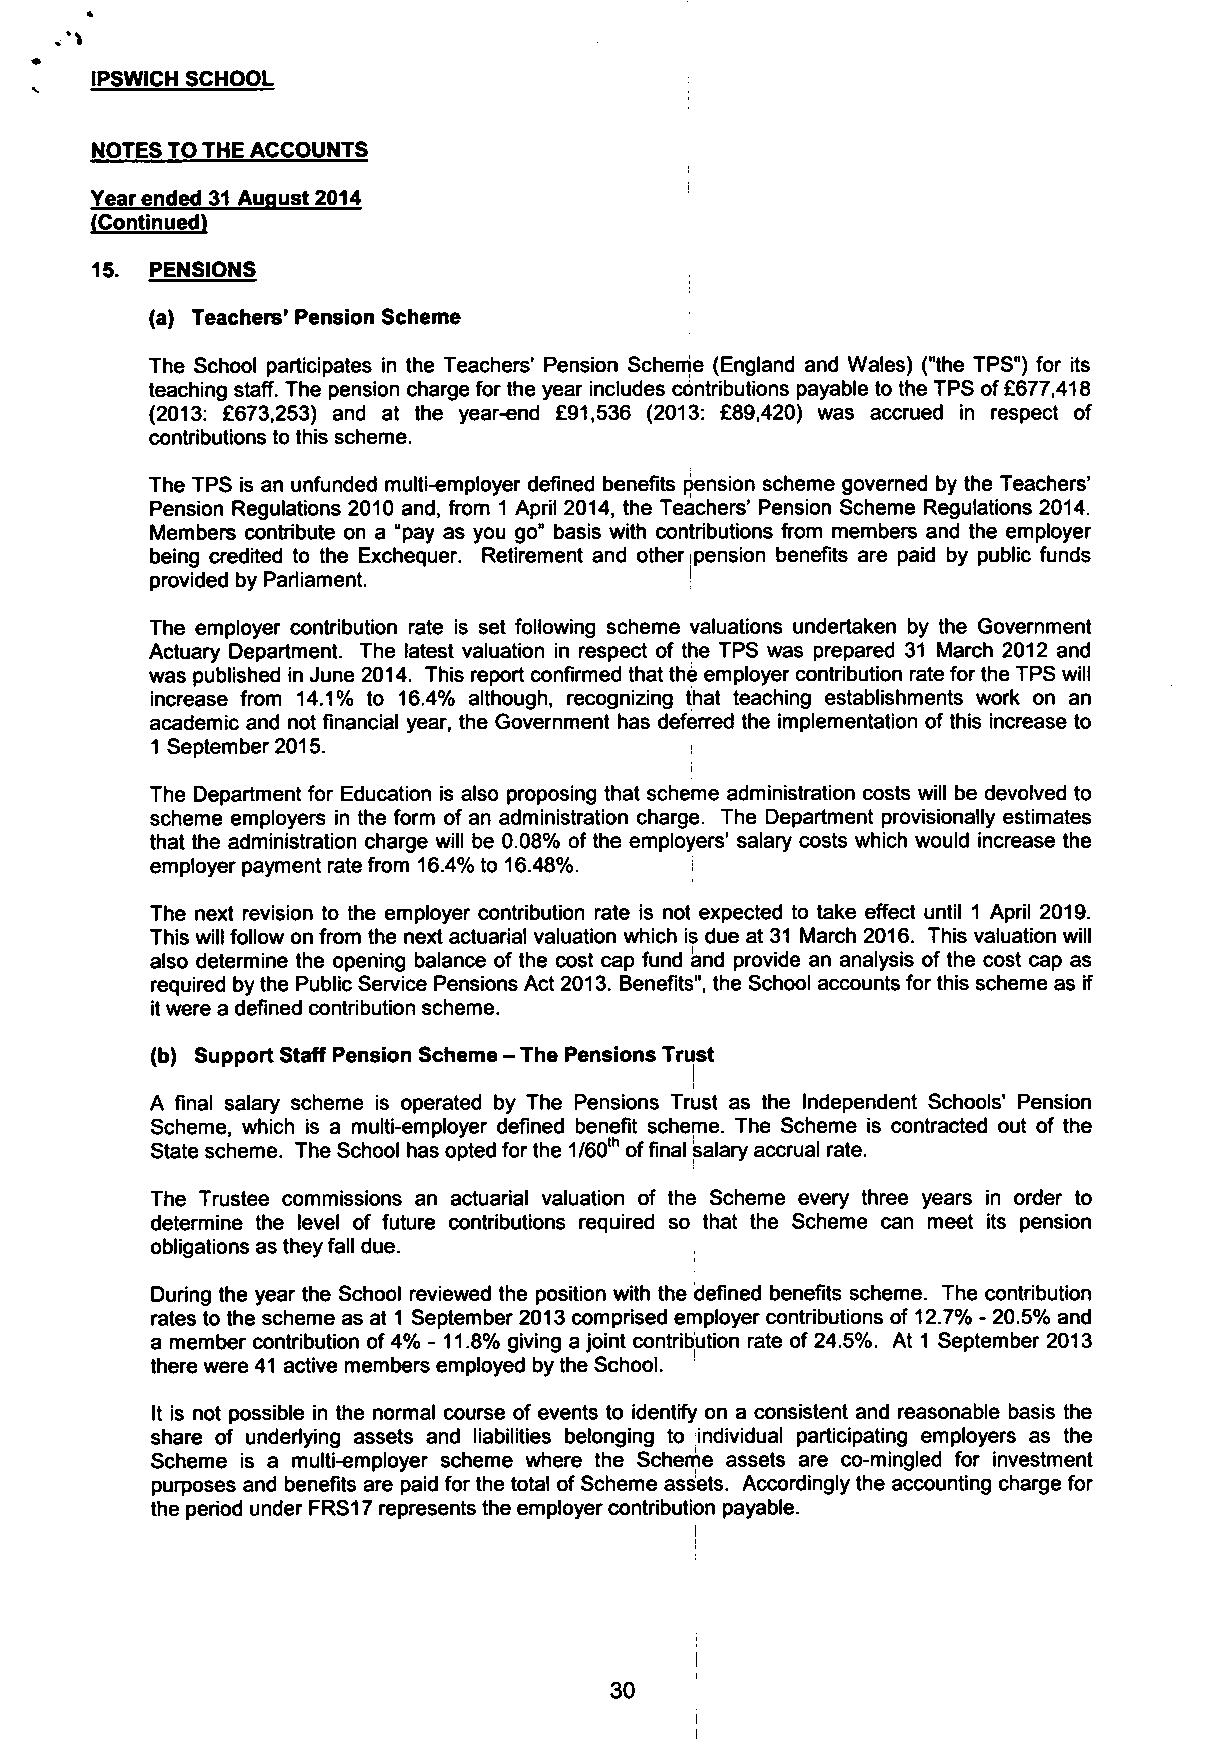
IPSWICH SCHOOL
 NOTES TO THE ACCOUNTS
 Year ended 31 August 2014
 (Continued)
 15. PENSIONS
 (a) Teachers' Pension Scheme
 The School participates in the Teachers' Pension Scheme (England and Wales) ("the TPS") for its
 teaching staff. The pension charge for the year includes contributions payable to the TPS of £677,418
 (2013: £673,253) and at the year-end £91,536 (2013: £89,420) was accrued in respect of
 contributions to this scheme.
 The TPS is an unfunded multi-employer defined benefits pension scheme governed by the Teachers'
 Pension Regulations 2010 and, from 1 April 2014, the Teachers' Pension Scheme Regulations 2014.
 Members contribute on a "pay as you go" basis with contributions from members and the employer
 being credited to the Exchequer. Retirement and other pension benefits are paid by public funds
 provided by Parliament.            !
 The employer contribution rate is set following scheme valuations undertaken by the Government
 Actuary Department. The latest valuation in respect of the TPS was prepared 31 March 2012 and
 was published in June 2014. This report confirmed that the employer contribution rate for the TPS will
 increase from 14.1% to 16.4% although, recognizing that teaching establishments work on an
 academic and not financial year, the Government has deferred the implementation of this increase to
 1 September 2015.
 The Department for Education is also proposing that scheme administration costs will be devolved to
 scheme employers in the form of an administration charge. The Department provisionally estimates
 that the administration charge will be 0.08% of the employers' salary costs which would increase the
 employer payment rate from 16.4% to 16.48%.
 The next revision to the employer contribution rate is not expected to take effect until 1 April 2019.
 This will follow on from the next actuarial valuation which is due at 31 March 2016. This valuation will
 also determine the opening balance of the cost cap fund and provide an analysis of the cost cap as
 required by the Public Service Pensions Act 2013. Benefits", the School accounts for this scheme as if
 it were a defined contribution scheme.
 (b) Support Staff Pension Scheme - The Pensions Trust
 A final salary scheme is operated by The Pensions Trust as the Independent Schools' Pension
 Scheme, which is a multi-employer defined benefit scheme. The Scheme is contracted out of the
 State scheme. The School has opted for the 1/60,h of final isalary accrual rate.
 The Trustee commissions an actuarial valuation of the Scheme every three years in order to
 determine the level of future contributions required so that the Scheme can meet its pension
 obligations as they fall due.
 During the year the School reviewed the position with the defined benefits scheme. The contribution
 rates to the scheme as at 1 September 2013 comprised employer contributions of 12.7% - 20.5% and
 a member contribution of 4% -11.8% giving a joint contribution rate of 24.5%. At 1 September 2013
 there were 41 active members employed by the School.
 It is not possible in the normal course of events to identify on a consistent and reasonable basis the
 share of underlying assets and liabilities belonging to individual participating employers as the
 Scheme is a multi-employer scheme where the Scheme assets are co-mingled for investment
 purposes and benefits are paid for the total of Scheme assets. Accordingly the accounting charge for
 the period under FRS17 represents the employer contribution payable.
 j
 I
 30